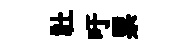
社吁票